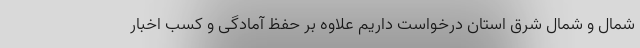
شمال و شمال شرق استان درخواست داریم علاوه بر حفظ آمادگی و کسب اخبار